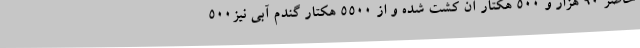
حاضر 90 هزار و 500 هکتار آن کشت شده و از 5500 هکتار گندم آبی نیز500